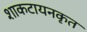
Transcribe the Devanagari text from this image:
शाकटायनकृत